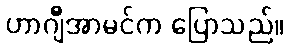
ဟာဂျီအာမင်က ပြောသည်။